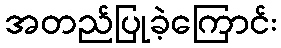
အတည်ပြုခဲ့ကြောင်း